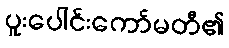
ပူးပေါင်းကော်မတီ၏